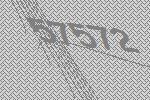
57572